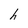
Character: h